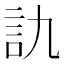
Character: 訅